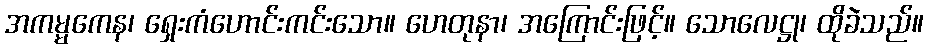
အကမ္မကေန၊ ရှေးကံဟောင်းကင်းသော။ ဟေတုနာ၊ အကြောင်းဖြင့်။ သောလေဋ္ဌု၊ ထိုခဲသည်။